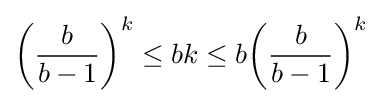
{\left({\frac {b}{b-1}}\right)}^{k}\leq bk\leq b{\left({\frac {b}{b-1}}\right)}^{k}